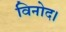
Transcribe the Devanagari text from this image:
विनोद।